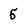
Character: 5